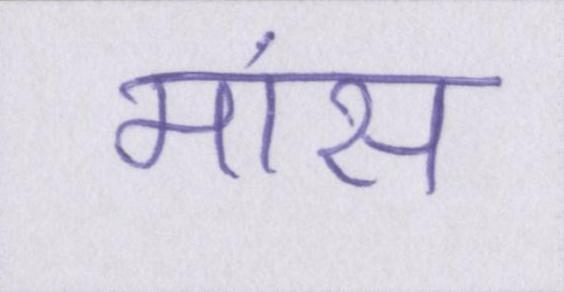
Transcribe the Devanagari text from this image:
मांस